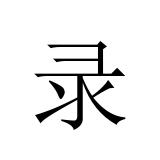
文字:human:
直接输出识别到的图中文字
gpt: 录